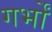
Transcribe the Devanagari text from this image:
गर्भों